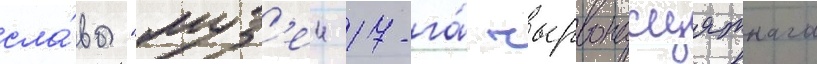
сла́вы "муз'еи 17-га́ чырвонасцяжнага